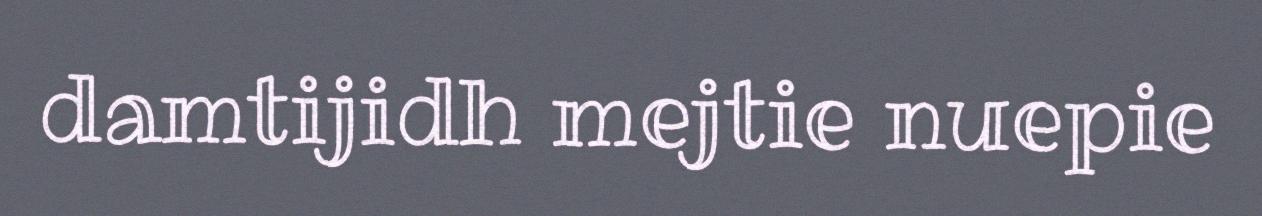
damtijidh mejtie nuepie